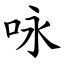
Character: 咏